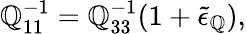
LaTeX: \mathbb{Q}_{11}^{-1}=\mathbb{Q}_{33}^{-1}(1+\tilde{{\epsilon}}_{\mathbb{Q}}),